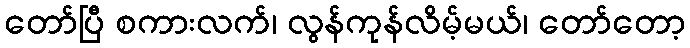
တော်ပြီ စကားလက်၊ လွန်ကုန်လိမ့်မယ်၊ တော်တော့